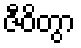
ဇီဝိတွာ